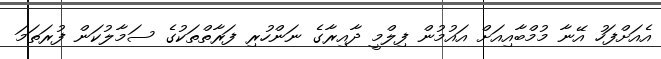
އެއަށްފަހު އޭނާ މުމްބާއިއަށް އައުމުން ފިލްމީ ދާއިރާގެ ނަންހުރި ފަރާތްތަކުގެ ސަމާލުކަން ފުރަތަމަ